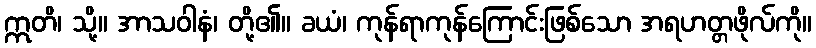
ဣတိ၊ သို့။ အာသဝါနံ၊ တို့၏။ ခယံ၊ ကုန်ရာကုန်ကြောင်းဖြစ်သော အရဟတ္တဖိုလ်ကို။